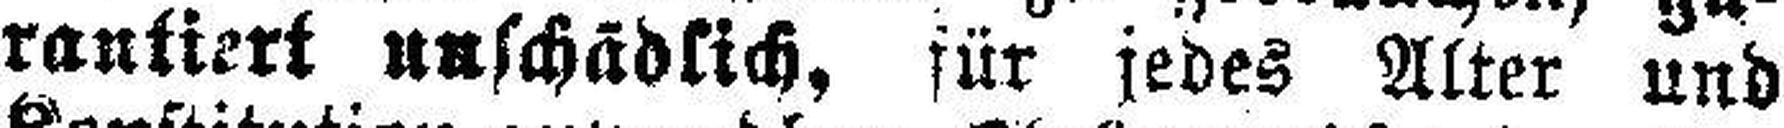
rantiert unschädlich, für jedes Alter und